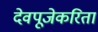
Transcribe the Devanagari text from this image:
देवपूजेकरिता